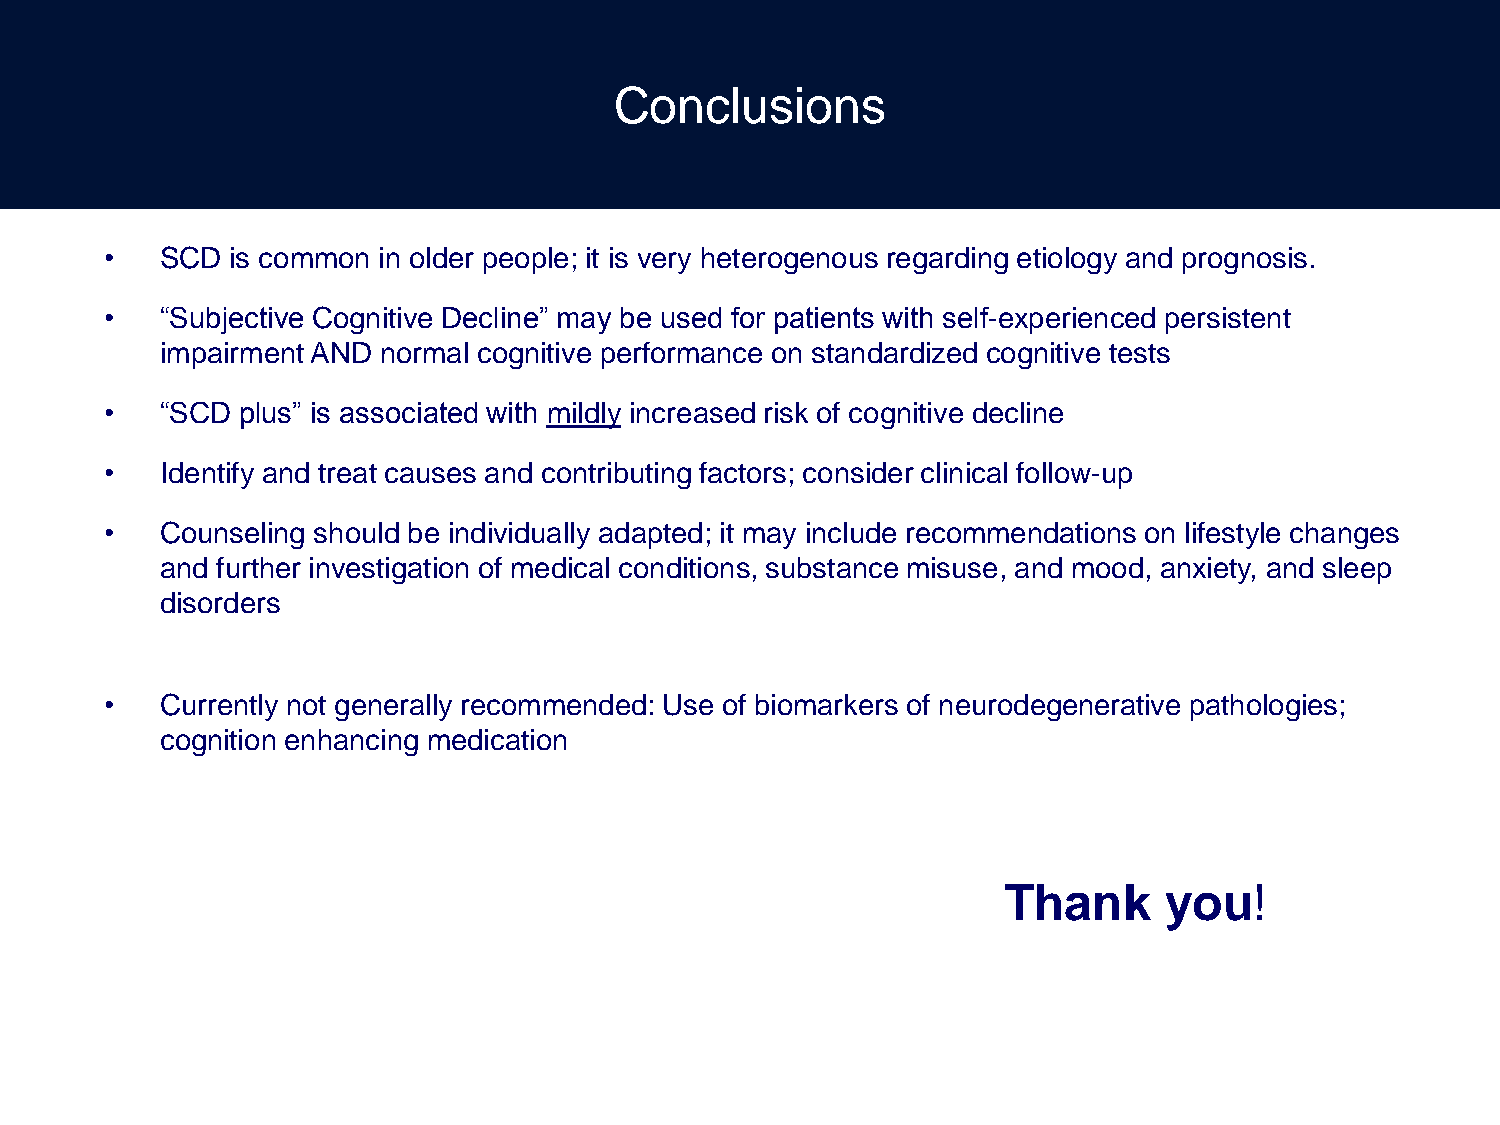
Conclusions
 •   SCD is common in older people; it is very heterogenous regarding etiology and prognosis.
 •   “Subjective Cognitive Decline” may be used for patients with self-experienced persistent
 impairment AND normal cognitive performance on standardized cognitive tests
 •   “SCD plus” is associated with mildly increased risk of cognitive decline
 •   Identify and treat causes and contributing factors; consider clinical follow-up
 •   Counseling should be individually adapted; it may include recommendations on lifestyle changes
 and further investigation of medical conditions, substance misuse, and mood, anxiety, and sleep
 disorders
 •   Currently not generally recommended: Use of biomarkers of neurodegenerative pathologies;
 cognition enhancing medication
 Thank      you!